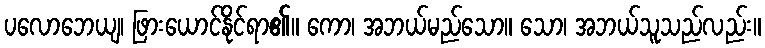
ပလောဘေယျ၊ ဖြားယောင်နိုင်ရာ၏။ ကော၊ အဘယ်မည်သော။ သော၊ အဘယ်သူသည်လည်း။